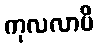
ကုလလာပိ